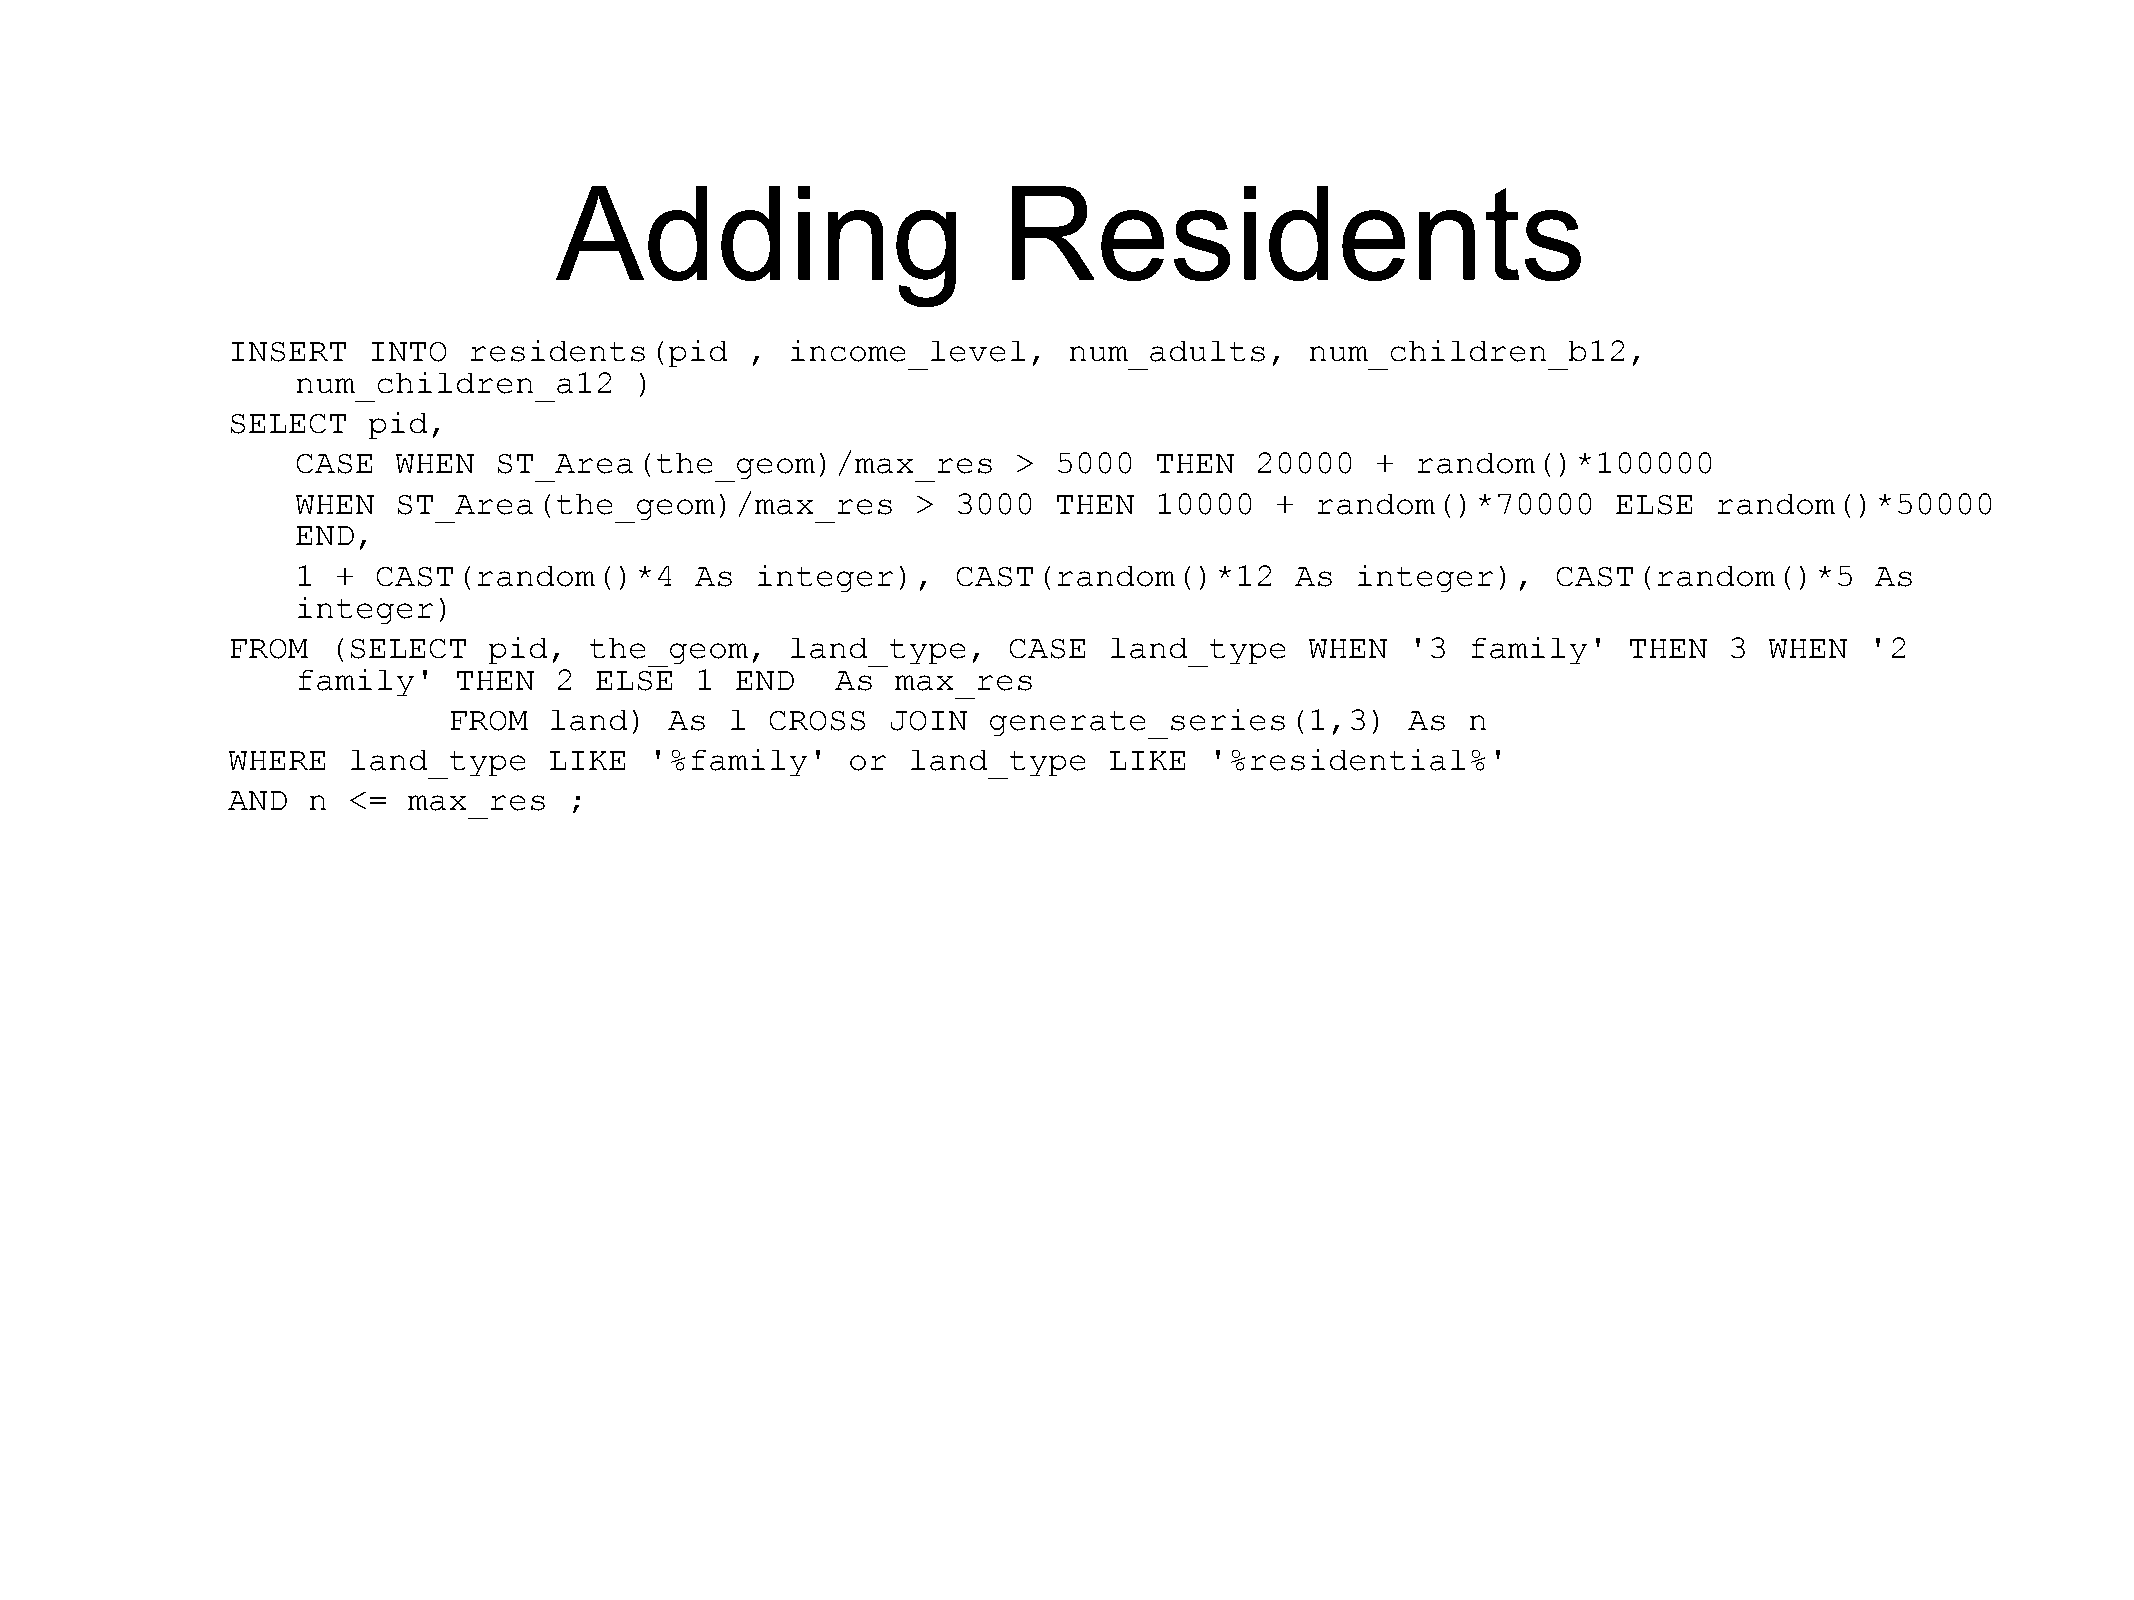
Adding                       Residents
 INSERT   INTO   residents(pid      , income_level,      num_adults,     num_children_b12,
 num_children_a12      )
 SELECT   pid,
 CASE  WHEN   ST_Area(the_geom)/max_res         >  5000  THEN   20000   +  random()*100000
 WHEN  ST_Area(the_geom)/max_res          > 3000   THEN  10000   +  random()*70000      ELSE   random()*50000
 END,
 1 +  CAST(random()*4      As  integer),    CAST(random()*12       As  integer),    CAST(random()*5      As
 integer)
 FROM   (SELECT   pid,   the_geom,    land_type,     CASE  land_type     WHEN  '3  family'    THEN  3  WHEN   '2
 family'   THEN   2 ELSE   1  END   As  max_res
 FROM  land)   As  l  CROSS   JOIN  generate_series(1,3)        As  n
 WHERE   land_type    LIKE   '%family'    or  land_type    LIKE   '%residential%'
 AND  n  <=  max_res    ;